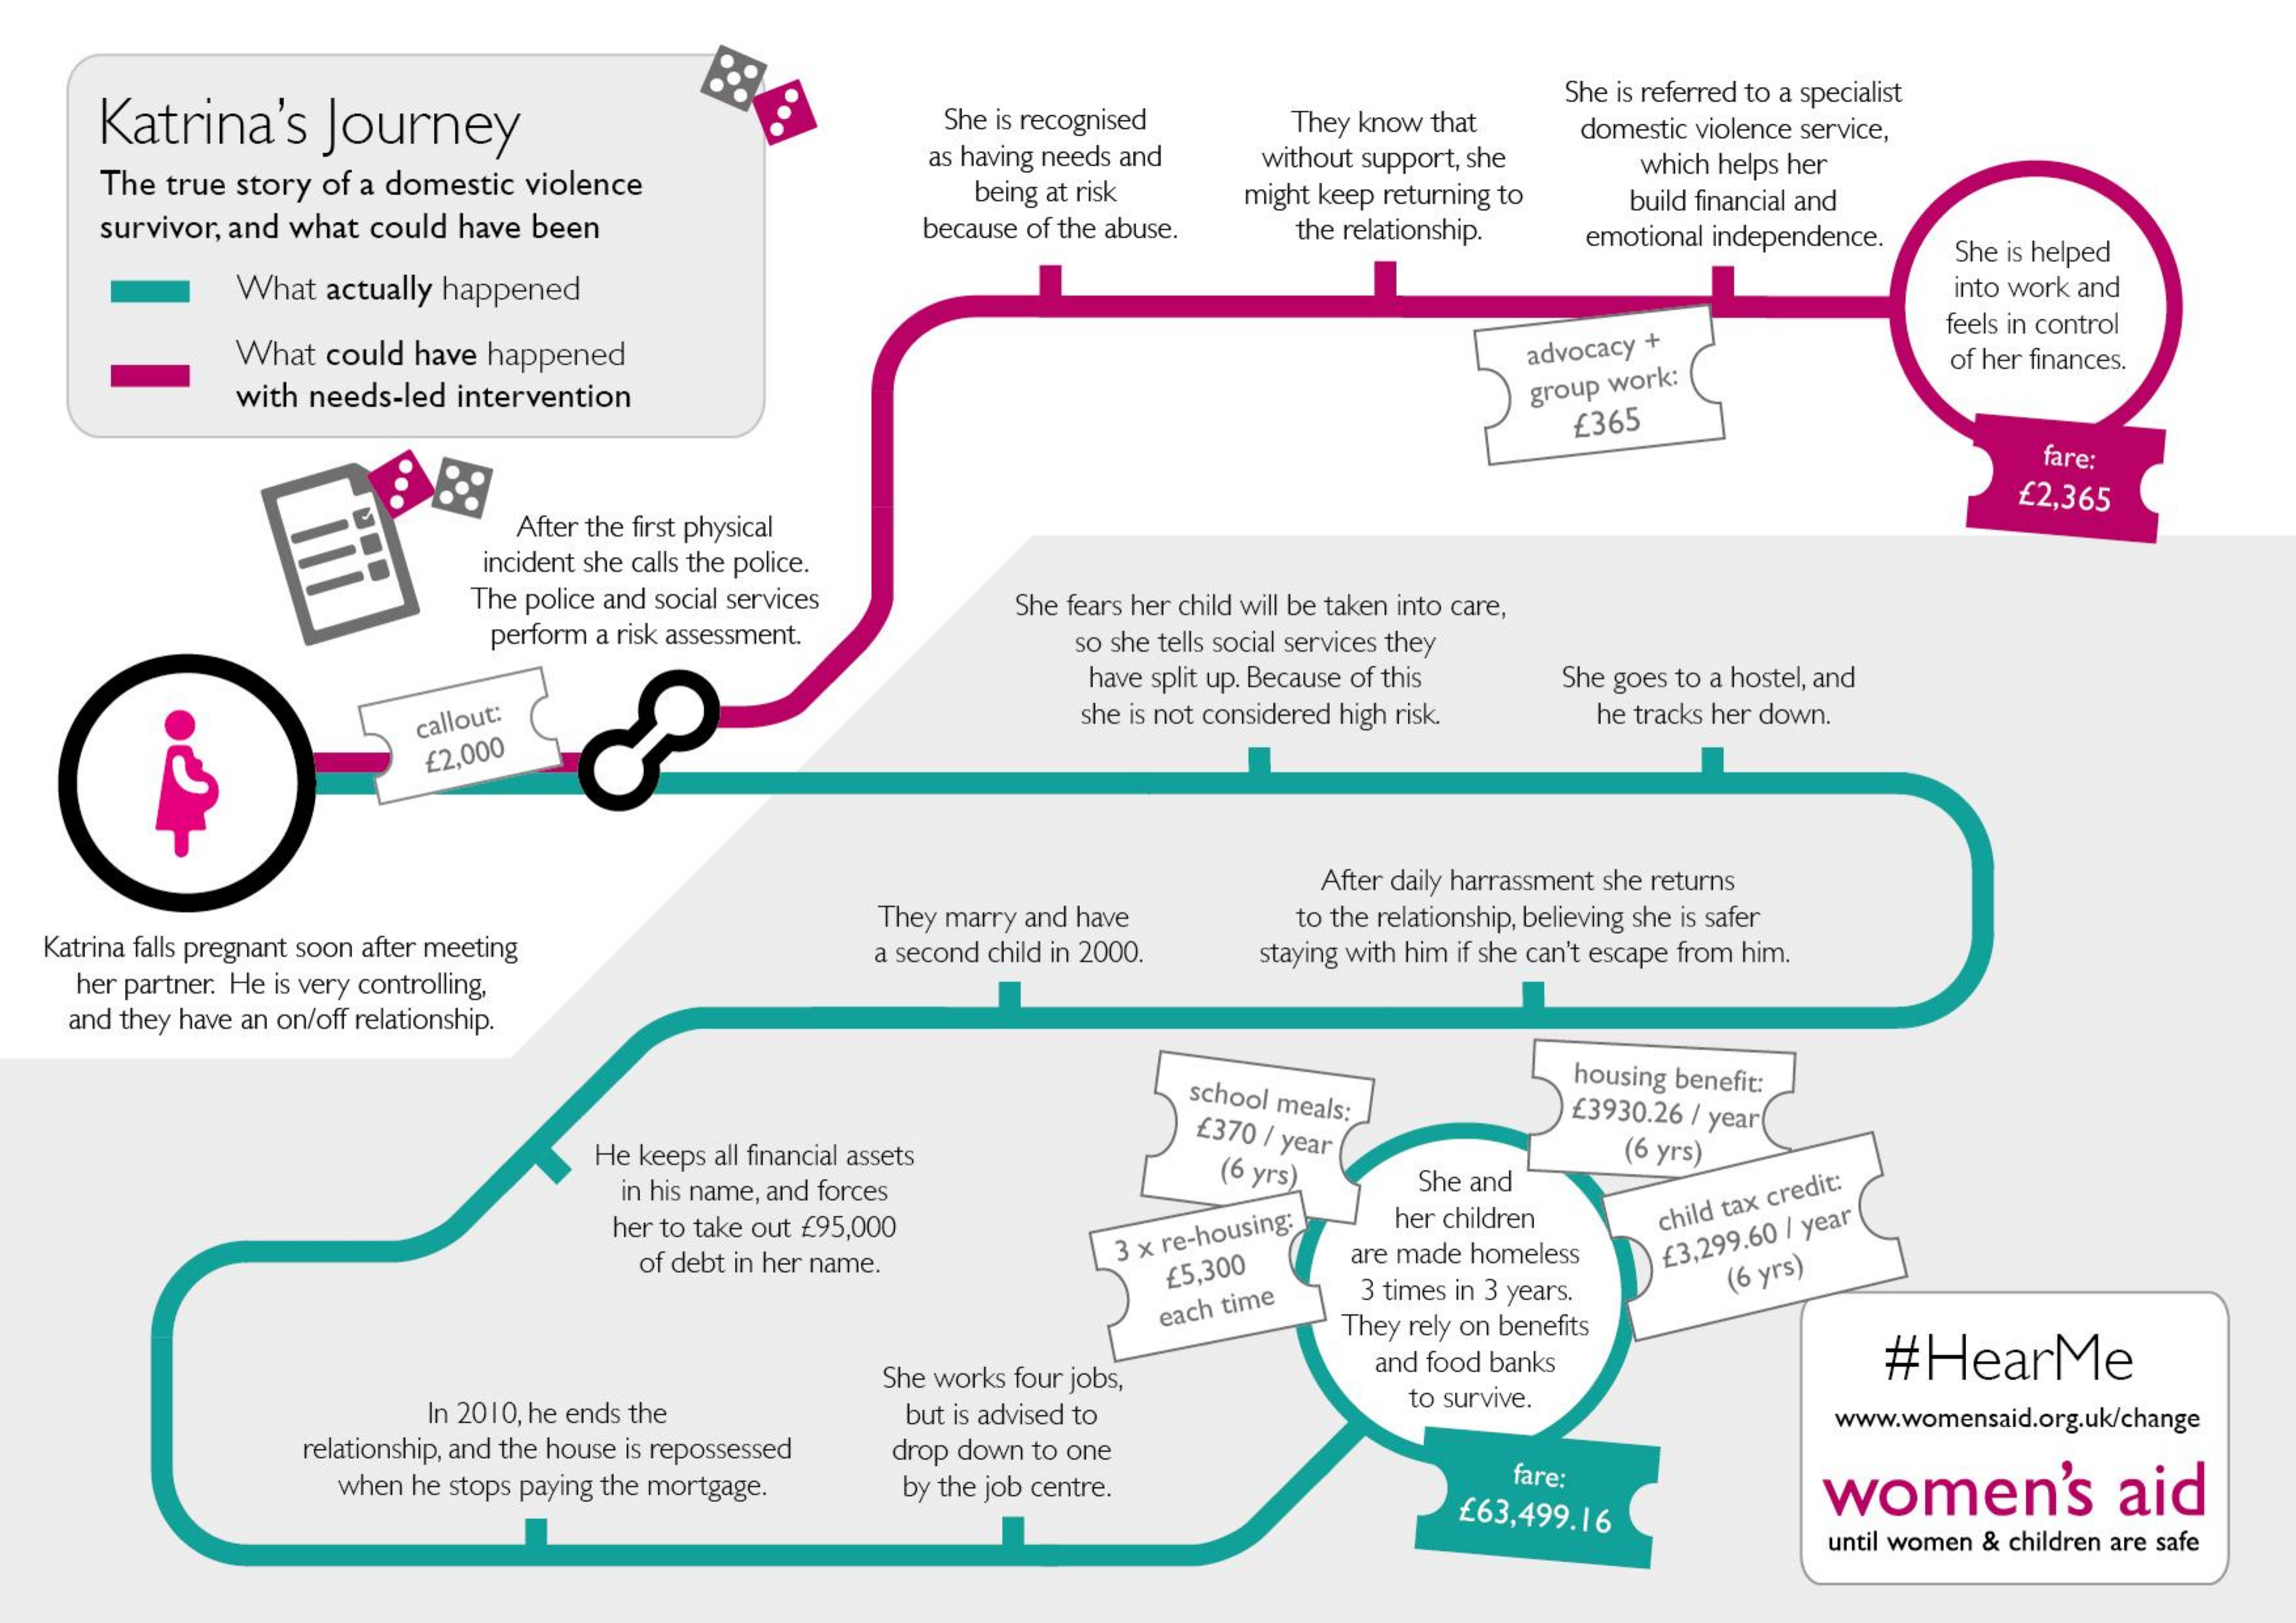
Katrina's    Journey    She is recognised   They know that
     She is referred to a specialist
     without support, she
     domestic violence service,
     The true story of a domestic violence
     as having needs and    which helps her
     survivor, and what could have been
     being at risk   might keep returning to
     because of the abuse. the relationship.
     build financial and
     emotional independence.
     What actually happened
     She is helped
     into work and
     What could have happened
     feels in control
     advocacy +    of her finances.
     with needs-led intervention    group work:
     £365
     fare:
     After the first physical
     £2,365
     incident she calls the police.
     The police and social services   She fears her child will be taken into care,
     perform a risk assessment.    so she tells social services they
     have split up. Because of this She goes to a hostel, and
     callout:    she is not considered high risk. he tracks her down.
     £2,000
     After daily harrassment she returns
   Katrina falls pregnant soon after meeting
     They marry and have    to the relationship, believing she is safer
     her partner. He is very controlling,
     a second child in 2000. staying with him if she can't escape from him.
    and they have an on/off relationship.
     school meals:
     housing benefit:
     £370 / year
     £3930.26 / year(
     He keeps all financial assets
     in his name, and forces
     (6 yrs)    She and
     (6 yrs)
     her to take out £95,000    her children    child tax credit:
     of debt in her name.
     3 x
     re-housing:
     £5,300
     are made homeless £3,299.60 / year
     3 times in 3 years.  (6 yrs)
     each time
     They rely on benefits
     She works four jobs,
     and food banks    #HearMe
     In 2010, he ends the    but is advised to
     to survive.
     relationship, and the house is repossessed
     www.womensaid.org.uk/change
     drop down to one
     when he stops paying the mortgage. by the job centre.    fare:
     £63,499.16
     women's    aid
     until women & children are safe